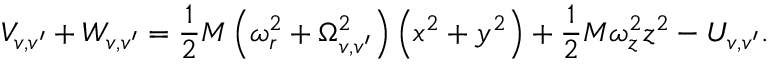
V _ { v , v ^ { \prime } } + W _ { v , v ^ { \prime } } = \frac { 1 } { 2 } M \left( \omega _ { r } ^ { 2 } + \Omega _ { v , v ^ { \prime } } ^ { 2 } \right) \left( x ^ { 2 } + y ^ { 2 } \right) + \frac { 1 } { 2 } M \omega _ { z } ^ { 2 } z ^ { 2 } - U _ { v , v ^ { \prime } } .